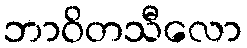
ဘာဝိတသီလော